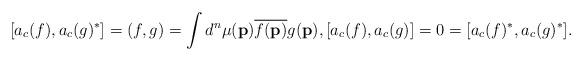
LaTeX: \begin{align*}[a_c(f), a_c(g)^{*}]=(f,g)=\int d^n\mu(\mathbf{p}) \overline{f(\mathbf{p})} g(\mathbf{p}), [a_c(f), a_c(g)]=0=[a_c(f)^{*}, a_c(g)^{*}].\end{align*}